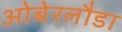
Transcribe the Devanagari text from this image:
ओबेरलौडा